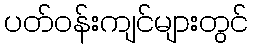
ပတ်ဝန်းကျင်များတွင်